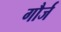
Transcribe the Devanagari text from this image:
गौर्ज